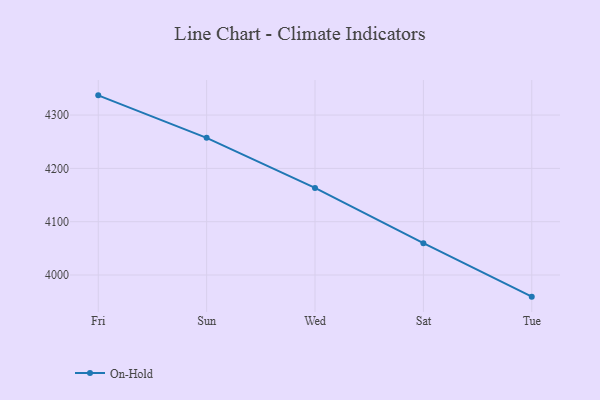
{"axis": {"x": "Day", "y": "Tickets Resolved"}, "legend": ["On-Hold"], "data": [{"x": "Fri", "y": 4337.0, "type": "On-Hold"}, {"x": "Sun", "y": 4257.3, "type": "On-Hold"}, {"x": "Wed", "y": 4163.4, "type": "On-Hold"}, {"x": "Sat", "y": 4059.8, "type": "On-Hold"}, {"x": "Tue", "y": 3959.4, "type": "On-Hold"}]}